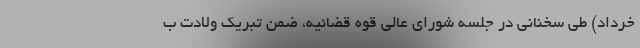
خرداد) طی سخنانی در جلسه شورای عالی قوه قضائیه، ضمن تبریک ولادت ب